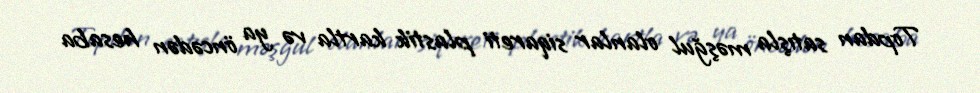
Topdan satışla məşğul olanlar siqareti plastik kartla və ya öncədən hesaba